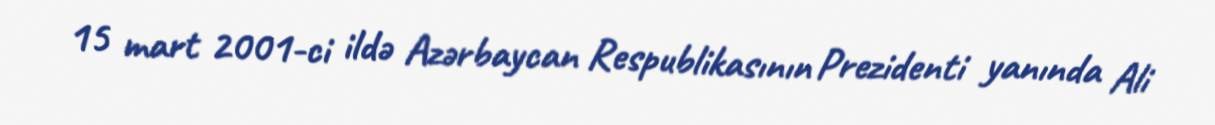
15 mart 2001-ci ildə Azərbaycan Respublikasının Prezidenti yanında Ali